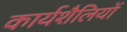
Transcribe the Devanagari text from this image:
कार्यशैलियों